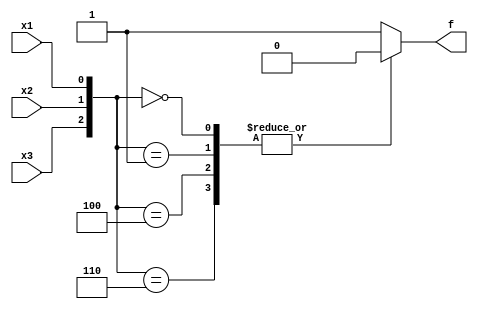
module top_module( 
    input x3,
    input x2,
    input x1,  // three inputs
    output f   // one output
);
    always@(*) begin
        case({x3,x2,x1})
            3'd0,3'd1,3'd4,3'd6:f=1'd0;
            default:f=1'd1; 
        endcase
    end
endmodule